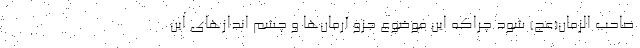
صاحب الزمان(عج) شود چراکه این موضوع جزو آرمان‌ها و چشم اندازهای این